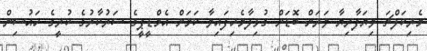
މެރިކަލްޗަ ވިޔަފާރިޔާ ވަރަށް ބޮޑަށް ގުޅިލާމެހިފައިވާ ކަމަށް އެމްޑީޕީގެ ސަރުކާރުގެ ކުރީގެ ހައުސިން